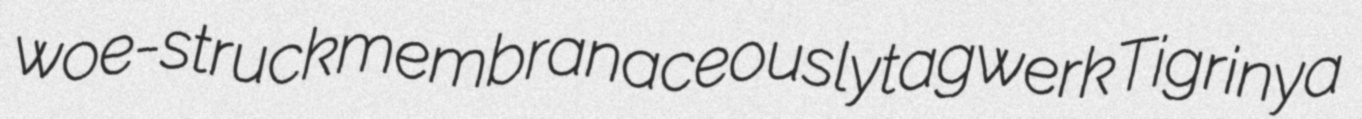
woe-struck membranaceously tagwerk Tigrinya